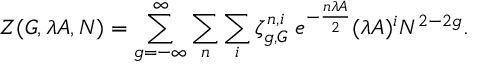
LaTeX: Z ( G , \lambda A , N ) = \sum _ { g = - \infty } ^ { \infty } \sum _ { n } \sum _ { i } \zeta _ { g , G } ^ { n , i } \; e ^ { - { \frac { n \lambda A } { 2 } } } ( \lambda A ) ^ { i } N ^ { 2 - 2 g } .